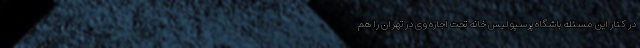
در کنار این مسئله باشگاه پرسپولیس خانه تحت اجاره وی در تهران را هم